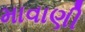
માવાણી